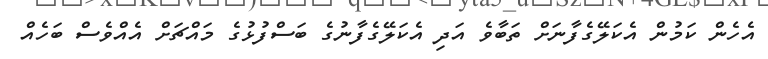
އެހެން ކަމުން އެކަލޭގެފާނަށް ތަބާވެ އަދި އެކަލޭގެފާނުގެ ބަސްފުޅުގެ މައްޗަށް އެއްވެސް ބަހެއް